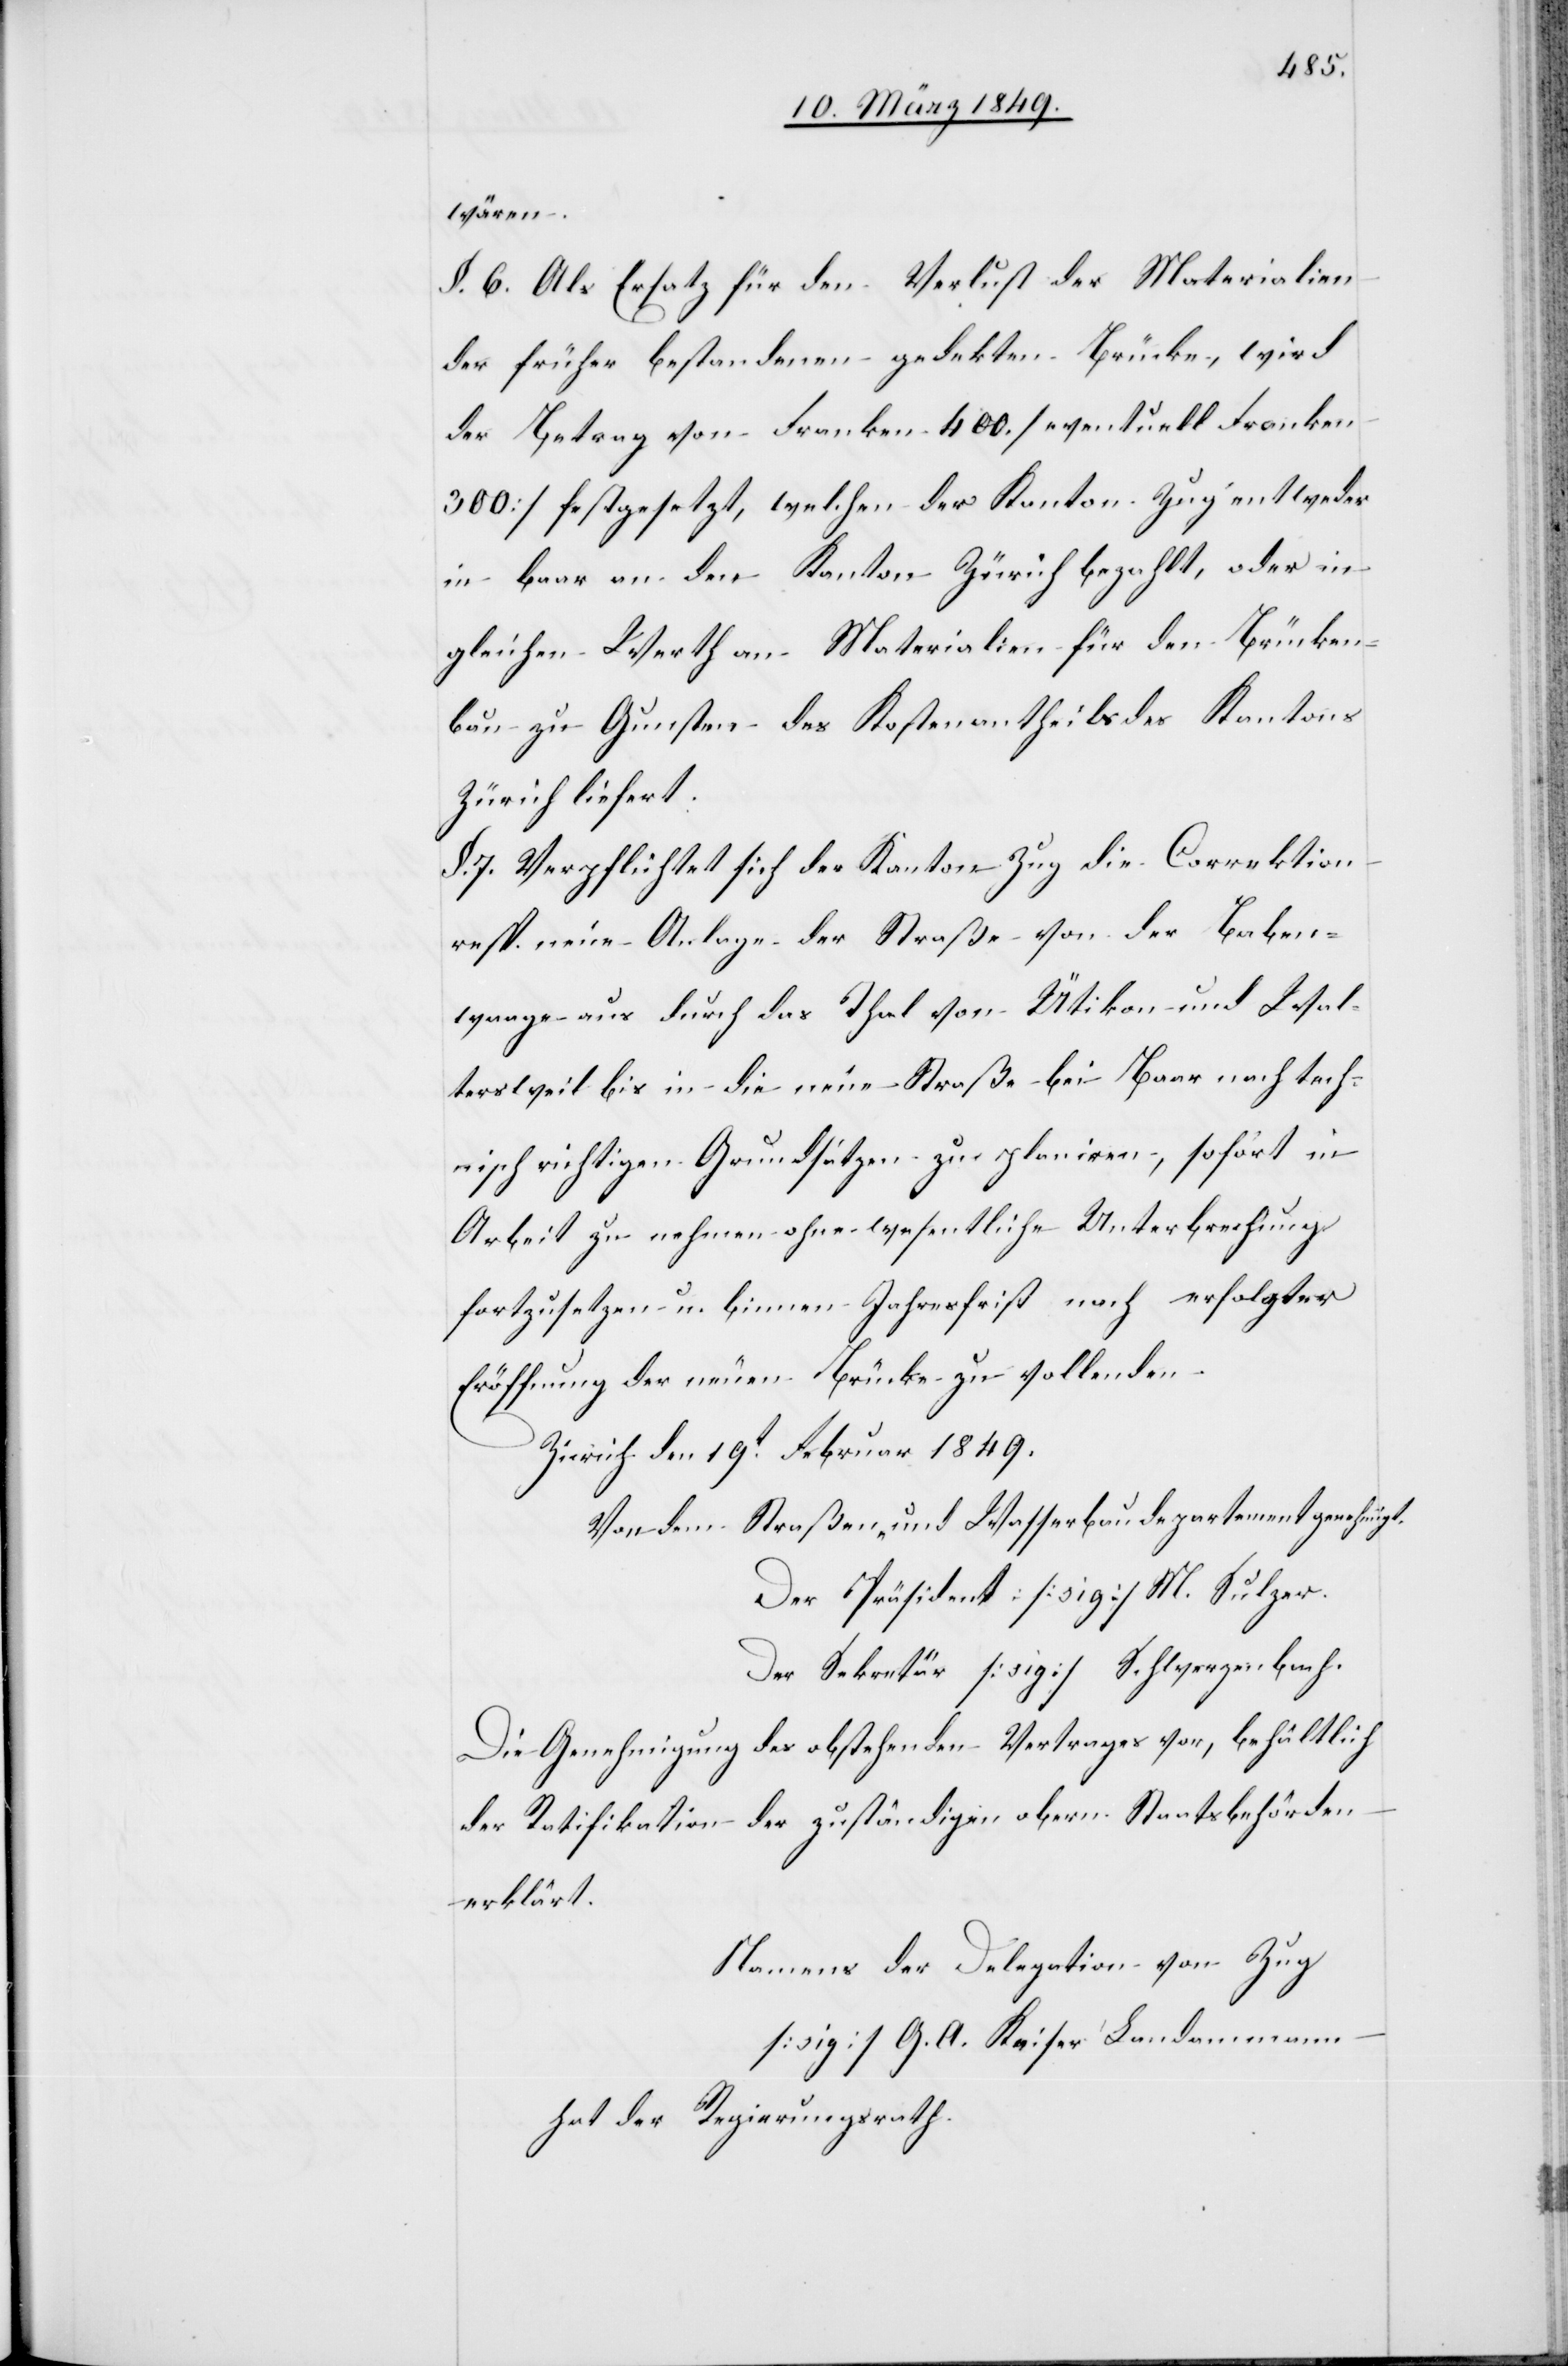
wären.
§. 6. Als Ersatz für den Verlust der Materialien
der früher bestandenen gedekten Brücke, wird
der Betrag von Franken 400. [eventuell Franken
300] festgesetzt, welchen der Kanton Zug entweder
in baar an den Kanton Zürich bezahlt, oder in
gleichen Werth an Materialien für den Brücken¬
bau zu Gunsten des Kostenantheils des Kantons
Zürich liefert.
§. 7. Verpflichtet sich der Kanton Zug die Correktion
resp. neue Anlage der Straße von der Baben¬
waage aus durch das Thal von Ütikon und Wal¬
tersweil bis in die neue Straße bei Baar nach tech¬
nisch richtigen Grundsätzen zu planiren, sofort in
Arbeit zu nehmen ohne wesentliche Unterbrechung
fortzusetzen u. binnen Jahresfrist nach erfolgter
Eröffnung der neuen Brücke zu vollenden.
Zürich den 19t. Februar 1849.
Von dem Straßen- und Wasserbaudepartement genehmigt
Der Präsident: [sig] M. Sulzer.
Der Sekretär [sig] Schwerzenbach.
Die Genehmigung des obstehenden Vertrages vor, behältlich
der Ratifikation der zuständigen obern Staatsbehörden
erklärt.
Namens der Delegation von Zug
[sig] G. A. Keiser Landammann
hat der Regierungsrath